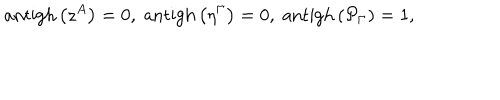
\mathrm { a n t i g h } \left( z ^ { A } \right) = 0 , \; \mathrm { a n t i g h } \left( \eta ^ { \Gamma } \right) = 0 , \; \mathrm { a n t i g h } \left( \mathcal { P } _ { \Gamma } \right) = 1 ,